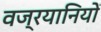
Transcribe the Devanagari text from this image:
वज्रयानियों